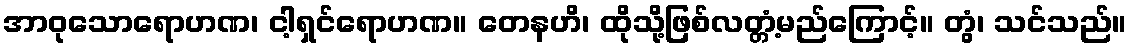
အာဝုသောရောဟဏ၊ ငါ့ရှင်ရောဟဏ။ တေနဟိ၊ ထိုသို့ဖြစ်လတ္တံ့မည်ကြောင့်။ တွံ၊ သင်သည်။